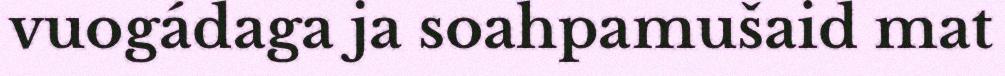
vuogádaga ja soahpamušaid mat